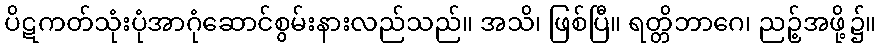
ပိဋကတ်သုံးပုံအာဂုံဆောင်စွမ်းနားလည်သည်။ အသိ၊ ဖြစ်ပြီ။ ရတ္တိဘာဂေ၊ ညဉ့်အဖို့၌။